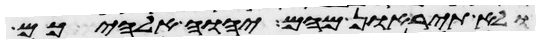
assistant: ולא תיראון מהם יהוה אלהיכם